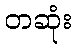
တဆုံး